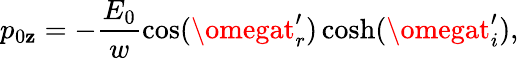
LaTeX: p_{0\mathbf{z}}=-\frac{{E_{0}}}{{w}}\cos(\omegat_{r}^{\prime})\cosh(\omegat_{i}^{\prime}),